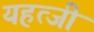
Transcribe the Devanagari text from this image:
यहत्जी